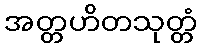
အတ္တဟိတသုတ္တံ